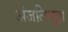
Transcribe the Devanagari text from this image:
अंजलिमुद्रा